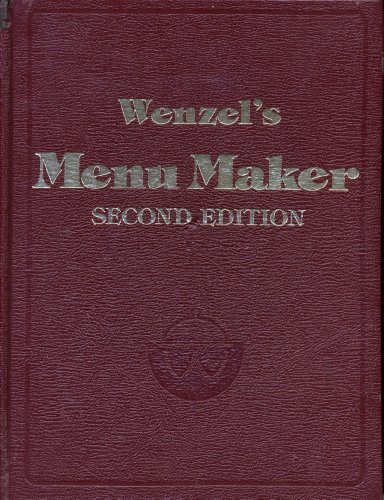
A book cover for Wenzel's Menu Maker; William Wenzel; Cookbooks, Food & Wine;